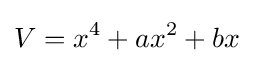
V=x^{4}+ax^{2}+bx